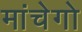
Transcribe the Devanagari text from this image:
मांचेगो